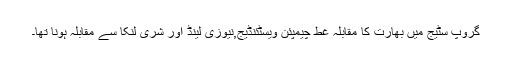
گروپ سٹیج میں بھارت کا مقابلہ غط چیمپئن ویسٹئنڈیج,نیوزی لینڈ اور شری لنکا سے مقابلہ ہونا تھا۔